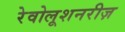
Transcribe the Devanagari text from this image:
रेवोलूशनरीज़